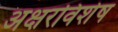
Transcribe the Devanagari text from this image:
अक्षरविशेष